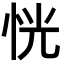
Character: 恍